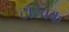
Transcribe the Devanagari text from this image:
टारबक